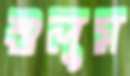
শুলুম